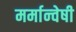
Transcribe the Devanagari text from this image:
मर्मान्‍वेषी